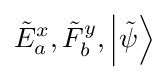
{\tilde {E}}_{a}^{x},{\tilde {F}}_{b}^{y},\left|{\tilde {\psi }}\right\rangle